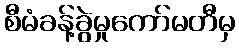
စီမံခန့်ခွဲမှုကော်မတီမှ